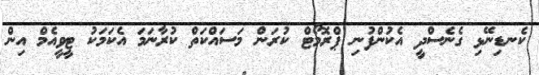
ކެނޑިނޭޅި ގެނެސްދީ އެކުންފުނި ޕްރޮމޯޓް ކުރަން މަސައްކަތް ކުރާނަމަ އެކަމަކު ޓީވީއެމް އިން